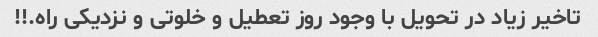
تاخیر زیاد در تحویل با وجود روز تعطیل و خلوتی و نزدیکی راه.!!